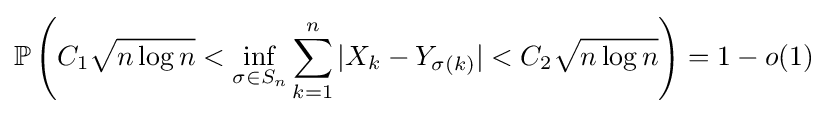
\mathbb {P} \left(C_{1}{\sqrt {n\log n}}<\inf \limits _{\sigma \in S_{n}}\sum \limits _{k=1}^{n}|X_{k}-Y_{\sigma (k)}|<C_{2}{\sqrt {n\log n}}\right)=1-o(1)